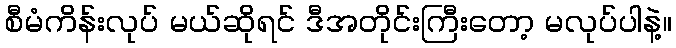
စီမံကိန်းလုပ် မယ်ဆိုရင် ဒီအတိုင်းကြီးတော့ မလုပ်ပါနဲ့။